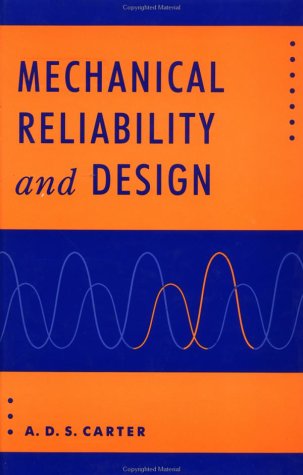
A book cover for Mechanical Reliability and Design; A. D. S. Carter; Engineering & Transportation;